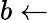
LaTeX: b\leftarrow